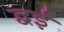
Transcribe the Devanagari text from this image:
द्वई